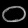
Digit: ၀